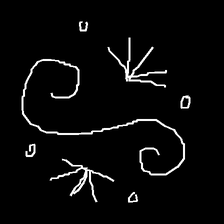
Glyph: aeroform